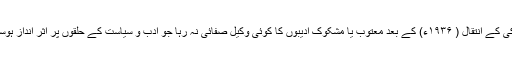
گورکی کے انتقال ( ۱۹۳۶ء) کے بعد معتوب یا مشکوک ادیبوں کا کوئی وکیل صفائی نہ رہا جو ادب و سیاست کے حلقوں پر اثر انداز ہوسکے۔